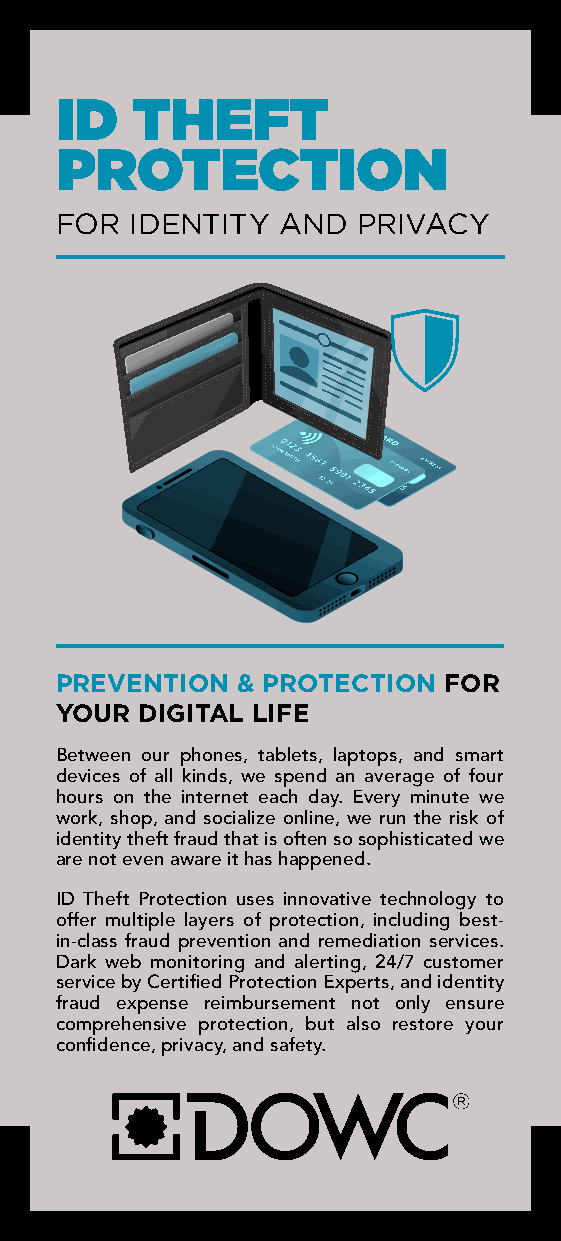
ID   THEFT
 PROTECTION
 FOR  IDENTITY  AND  PRIVACY
 PREVENTION  & PROTECTION FOR
 YOUR DIGITAL LIFE
 Between our phones, tablets, laptops, and smart
 devices of all kinds, we spend an average of four
 hours on the internet each day. Every minute we
 work, shop, and socialize online, we run the risk of
 identity theft fraud that is often so sophisticated we
 are not even aware it has happened.
 ID Theft Protection uses innovative technology to
 offer multiple layers of protection, including best-
 in-class fraud prevention and remediation services.
 Dark web monitoring and alerting, 24/7 customer
 service by Certified Protection Experts, and identity
 fraud expense reimbursement not only ensure
 comprehensive protection, but also restore your
 confidence, privacy, and safety.